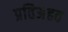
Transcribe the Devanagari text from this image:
प्रतिअहत